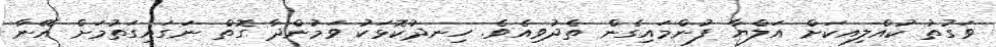
ވަގުތު ކުއްލިއކަށް އަލްޔާ ފުންމައިގެން ތެދުވިއެވެ. ހިނދުކޮޅަކު ވަމުންދާ ގޮތް ނަގައިގަތުމަށް އޭނާ